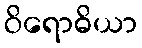
ဝိရောဓိယာ